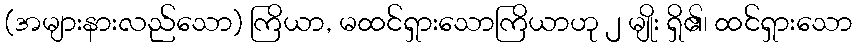
(အများနားလည်သော) ကြိယာ, မထင်ရှားသောကြိယာဟု ၂ မျိုး ရှိ၏၊ ထင်ရှားသော